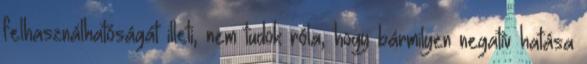
felhasználhatóságát illeti, nem tudok róla, hogy bármilyen negatív hatása